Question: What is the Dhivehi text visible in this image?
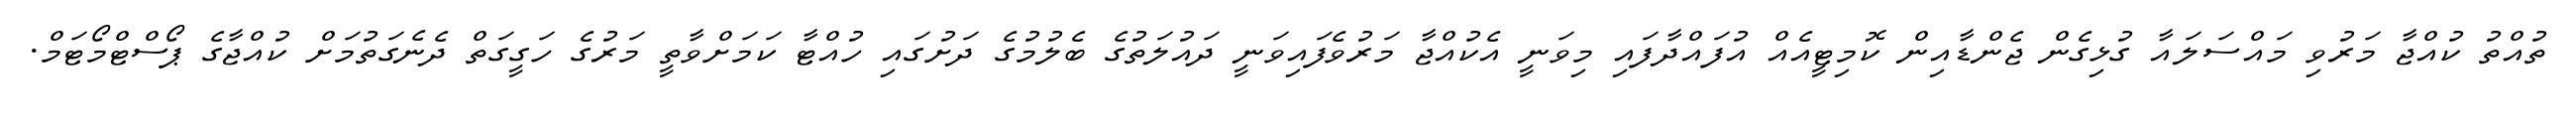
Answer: ތުއްތު ކުއްޖާ މަރުވި މައްސަލައާ ގުޅިގެން ޖެންޑާއިން ކޮމިޓީއެއް އުފައްދާފައި މިވަނީ އެކުއްޖާ މަރުވެފައިވަނީ ދައުލަތުގެ ބެލުމުގެ ދަށުގައި ހުއްޓާ ކަމަށްވާތީ މަރުގެ ހަގީގަތް ދެނެގަތުމަށް ކުއްޖާގެ ޕޯސްޓްމޯޓަމް.